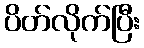
ပိတ်လိုက်ပြီး